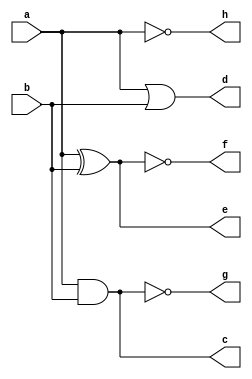
module logic_gate(a,b,c,d,e,f,g,h);
    input a,b;
    output c,d,e,f,g,h;
    and(c,a,b);
    or(d,a,b);
    xor(e,a,b);
    xnor(f,a,b);
    nand(g,a,b);
    not(h,a);
endmodule

module test_bench;
    reg a,b;
    wire c,d,e,f,g,h;
    logic_gate t(a,b,c,d,e,f,g,h);
    initial 
    begin
    $dumpfile("vcd/LogicGate.vcd");
    $dumpvars(0,test_bench);
    $monitor("a=%b,b=%b,and=%b,or=%b,nand=%b,nor=%b,xor=%b,not=%b",a,b,c,d,e,f,g,h);
    a=0; b=0; #10
    a=1; b=0; #10
    a=0; b=1; #10
    a=1; b=1; #10
    $finish;
    end
endmodule